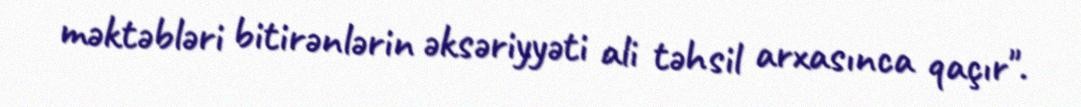
məktəbləri bitirənlərin əksəriyyəti ali təhsil arxasınca qaçır".